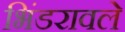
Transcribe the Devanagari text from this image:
भिंडरावले